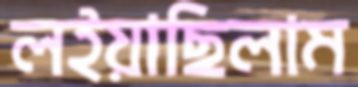
লইয়াছিলাম